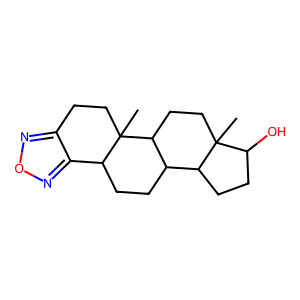
SMILES: CC12CCC3C(CCC4c5nonc5CCC43C)C1CCC2O
Inhibits HIV replication: No